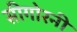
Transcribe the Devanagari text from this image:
सीगोरनी